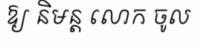
ឱ្យ និមន្ត លោក ចូល